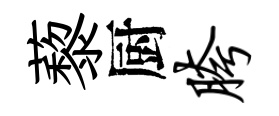
藜厨胯